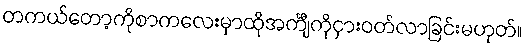
တကယ်တော့ကိုစာကလေးမှာထိုအင်္ကျီကိုငှားဝတ်လာခြင်းမဟုတ်။